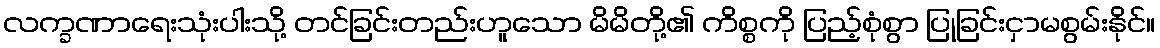
လက္ခဏာရေးသုံးပါးသို့ တင်ခြင်းတည်းဟူသော မိမိတို့၏ ကိစ္စကို ပြည့်စုံစွာ ပြုခြင်းငှာမစွမ်းနိုင်။